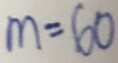
m = 6 0